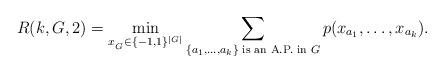
LaTeX: \begin{align*}R(k,G,2)= \min_{x_{_G} \in \{-1,1\}^{|G|}} \displaystyle\sum_{\{a_1,\dots,a_k\} \textrm{ is an A.P. in } G}p(x_{a_1},\dots,x_{a_k}).\end{align*}